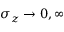
\sigma _ { z } \rightarrow 0 , \infty